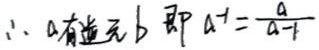
$\therefore a$有逆元$b$，即$a^{-1}=\frac{a}{a - 1}$